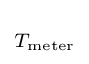
\scriptstyle T_{\mathrm {meter} }